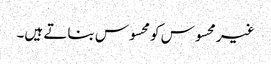
غیر محسوس کو محسوس بناتے ہیں۔